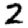
Digit: 2